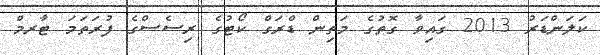
ކަލަންޑަރު 2013 ގައިވާ ގޮތުގެ މަތިން ޑްރަގް ކޯޓުގެ ރިސެސްގެ ފުރަތަމަ ޓާރމް